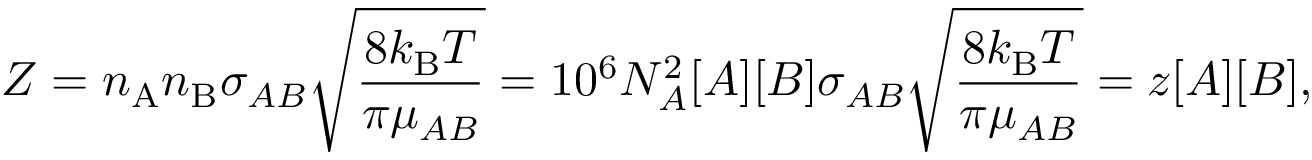
Z = n _ { \mathrm { A } } n _ { \mathrm { B } } \sigma _ { A B } { \sqrt { \frac { 8 k _ { \mathrm { B } } T } { \pi \mu _ { A B } } } } = 1 0 ^ { 6 } N _ { A } ^ { 2 } [ A ] [ B ] \sigma _ { A B } { \sqrt { \frac { 8 k _ { \mathrm { B } } T } { \pi \mu _ { A B } } } } = z [ A ] [ B ] ,